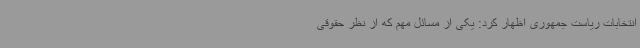
انتخابات ریاست جمهوری اظهار کرد: یکی از مسائل مهم که از نظر حقوقی